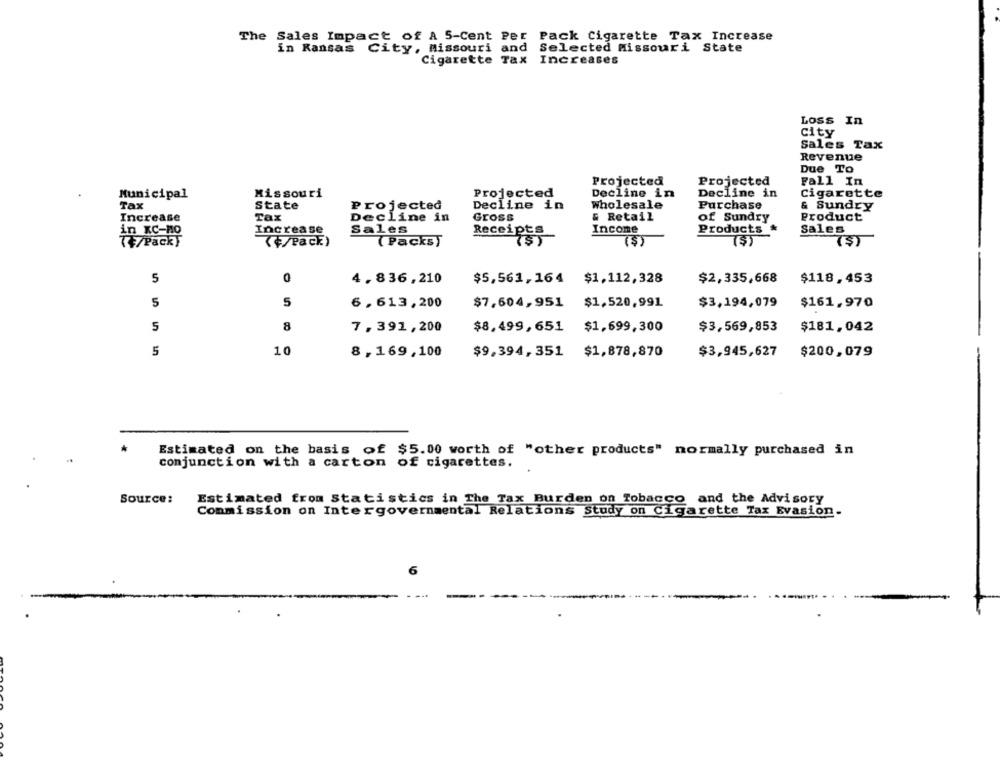
The Sales Impact of A 5-Cent Per Pack Cigarette Tax Increase
in Kansas City, Missouri and
Selected Missouri State
Cigarette Tax
Increases
LOSS In
city
Sales Tax
Revenue
Due To
Projected
Projected
Fall In
Municipal
Missouri
Projected
Decline in
Decline in
cigarette
Tax
State
Projected
Decline in
Wholesale
Purchase
& Sundry
Increase
Tax
Decline in
Gross
& Retail
of Sundry
Product
Increase
Receipts
Income
Products
in KC-HO
Sales
Sales
(+/Pack}
(+/Pack)
( Packs)
($)
($)
5
4.836,210
$5,561,164 $1,112,328
$2,335,668
$118,453
5
5
6,613,200
$7,604,951
$1,520,991
$3,194,079
$161.970
5
8
7,391,200
$8,499,651
$1,699,300
$3,569,853
$181,042
5
10
8,169,100
$9,394,351
$1,878,870
$3,945,627
$200,079
Estimated on the basis of $5.00 worth of "other products" normally purchased in
conjunction with a carton of cigarettes.
Source:
Estimated from Statistics in The Tax Burden on Tobacco and the Advisory
Commission on Intergovernmental Relations Study on Cigarette Tax Evasion.
6